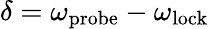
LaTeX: \delta=\omega_{\mathrm{probe}}-\omega_{\mathrm{lock}}